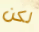
لكن